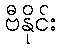
ဗီနိုင်း